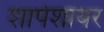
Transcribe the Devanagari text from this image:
शार्पशायर